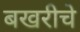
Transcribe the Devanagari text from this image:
बखरीचे